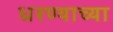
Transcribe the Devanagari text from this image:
धरण्याच्या